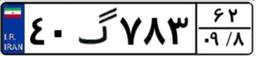
۵۹گ۶۶۹۰۳